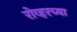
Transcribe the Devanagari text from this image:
रोव्हरच्या